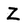
Character: Z